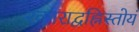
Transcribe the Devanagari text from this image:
रकाराद्वह्निस्तोयं